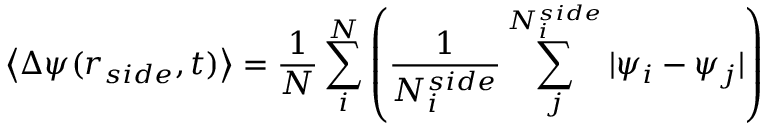
\left< \Delta \psi ( r _ { s i d e } , t ) \right> = \frac { 1 } { N } \sum _ { i } ^ { N } \left( \frac { 1 } { N _ { i } ^ { s i d e } } \sum _ { j } ^ { N _ { i } ^ { s i d e } } | \psi _ { i } - \psi _ { j } | \right)